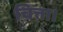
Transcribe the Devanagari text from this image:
चित्ता।